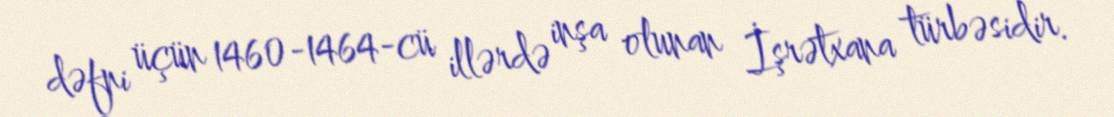
dəfni üçün 1460-1464-cü illərdə inşa olunan İşrətxana türbəsidir.